Reports on military cantonments and civil stations in the Presidency of Bombay inspected by the Sanitary Commissioner in the years 1875 and 1876
Year: 1875
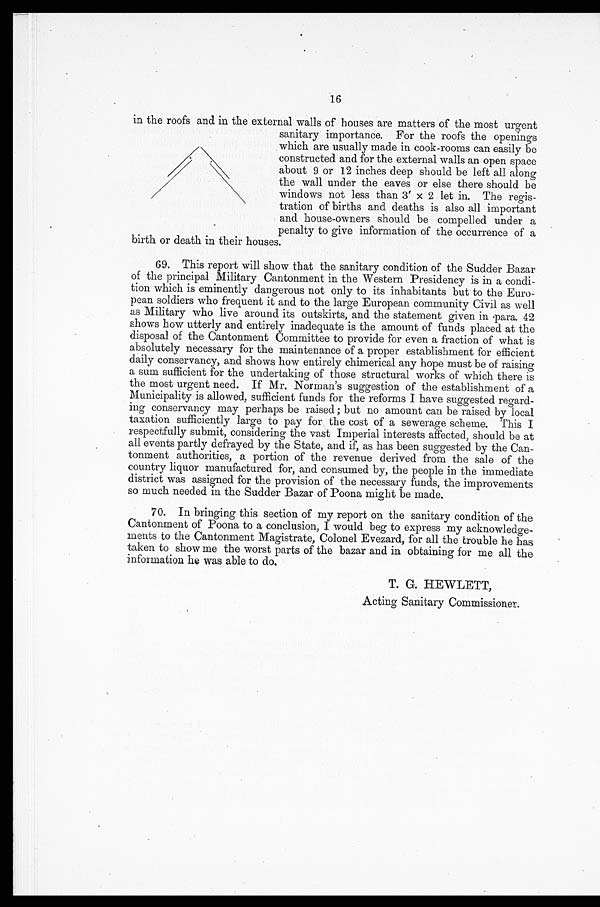
16
in the roofs and in the external walls of houses are matters of the most urgent
sanitary importance. For the roofs the openings
which are usually made in cook-rooms can easily be
constructed and for the external walls an open space
about 9 or 12 inches deep should be left all along
the wall under the eaves or else there should be
windows not less than 3 ' x 2 let in. The regis
-tration of births and deaths is also all important
and house-owners should be compelled under a
penalty to give information of the occurrence of a
birth or death in their houses.
69. This report will show that the sanitary condition of the Sudder Bazar
of the principal Military Cantonment in the Western Presidency is in a condi
- tion which is eminently dangerous not only to its inhabitants but to the Euro
- p e a n s o l d i e r s w h o f r e q u e n t i t a n d t o t h e l a r g e E u r o p e a n c o m m u n i t y C i v i l a s w e l l
as Military who live around its outskirts, and the statement given in para. 42
shows how utterly and entirely inadequate is the amount of funds placed at the
disposal of the Cantonment Committee to provide for even a fraction of what is
absolutely necessary for the maintenance of a proper establishment for efficient
daily conservancy, and shows how entirely chimerical any hope must be of raising
a sum sufficient for the undertaking of those structural works of which there is
the most urgent need. If Mr. Norman's suggestion of the establishment of a
Municipality is allowed, sufficient funds for the reforms I have suggested regard
- i n g c o n s e r v a n c y m a y p e r h a p s b e r a i s e d ; b u t n o a m o u n t c a n b e r a i s e d . b y l o c a l
taxation sufficiently large to pay for the cost of a sewerage scheme. This I
respectfully submit, considering the vast Imperial interests affected, should be at
all events partly defrayed by the State, and if, as has been suggested by the Can
- t o n m e n t a u t h o r i t i e s , a p o r t i o n o f t h e r e v e n u e d e r i v e d f r o m t h e s a l e o f t h e
country liquor manufactured for, and consumed by, the people in the immediate
district was assigned for the provision of the necessary funds, the improvements
so much needed in the Sudder Bazar of Poona might be made.
70. In bringing this section of my report on the sanitary condition of the
Cantonment of Poona to a conclusion, I would beg to express my acknowledge
- m e n t s t o t h e C a n t o n m e n t M a g i s t r a t e , C o l o n e l E v e z a r d , f o r a l l t h e t r o u b l e h e h a s
taken to show me the worst parts of the bazar and in obtaining for me all the
information he was able to do.
T. G. HEWLETT,
Acting Sanitary Commissioner.